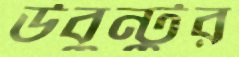
উবুন্টুর